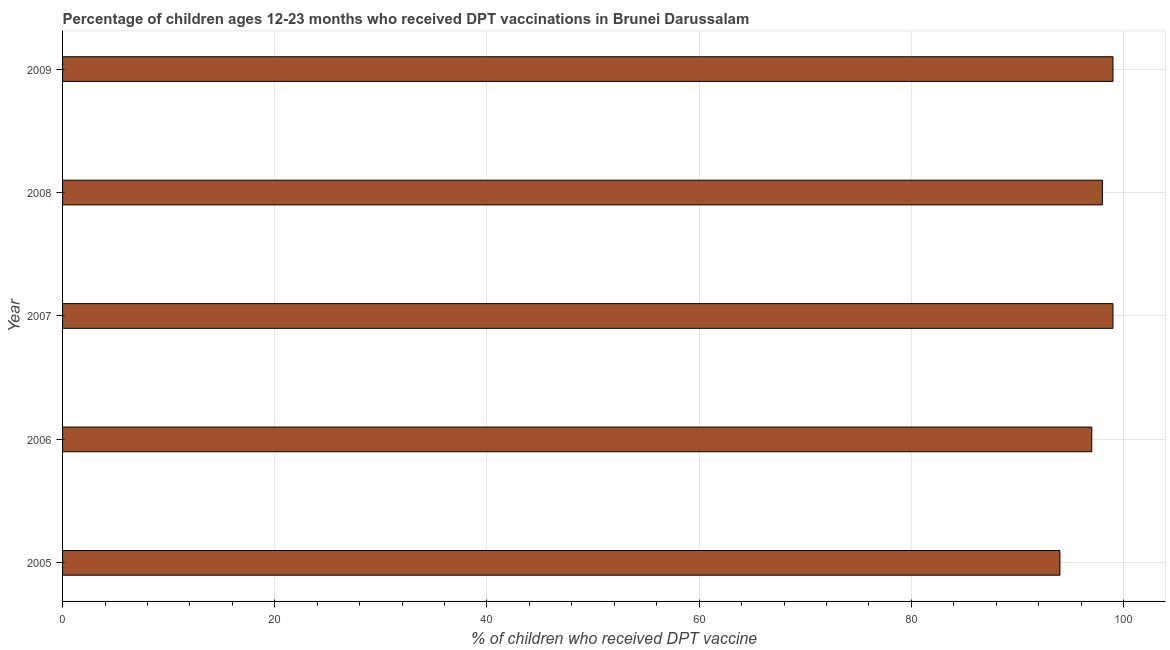
| Year | Immunization |
 | --- | --- |
 | 2005 | 94 |
 | 2006 | 97 |
 | 2007 | 99 |
 | 2008 | 98 |
 | 2009 | 99 |